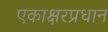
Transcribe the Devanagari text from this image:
एकाक्षरप्रधान